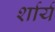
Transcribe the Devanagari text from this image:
र्शार्य